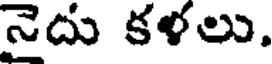
నైదు కళలు.